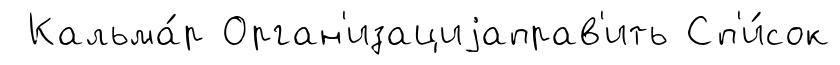
Кальма́р Орган'изациjаправ'ить Сп'и́сок